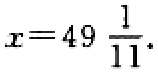
$x = 49\frac{1}{11}.$